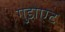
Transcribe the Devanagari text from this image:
गुडोएट